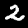
Digit: 2